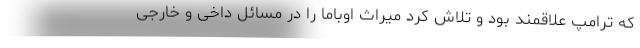
که ترامپ علاقمند بود و تلاش کرد میراث اوباما را در مسائل داخی و خارجی